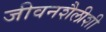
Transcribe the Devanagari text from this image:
जीवनशैलीशी